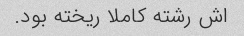
اش رشته کاملا ریخته بود.